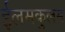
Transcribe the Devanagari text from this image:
ईलमकुलम